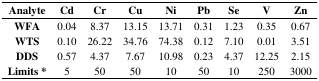
<table><thead><tr><td><b>Analyte</b></td><td><b>Cd</b></td><td><b>Cr</b></td><td><b>Cu</b></td><td><b>Ni</b></td><td><b>Pb</b></td><td><b>Se</b></td><td><b>V</b></td><td><b>Zn</b></td></tr></thead><tbody><tr><td><b>WFA</b></td><td>0.04</td><td>8.37</td><td>13.15</td><td>13.71</td><td>0.31</td><td>1.23</td><td>0.35</td><td>0.67</td></tr><tr><td><b>WTS</b></td><td>0.10</td><td>26.22</td><td>34.76</td><td>74.38</td><td>0.12</td><td>7.10</td><td>0.01</td><td>3.51</td></tr><tr><td><b>DDS</b></td><td>0.57</td><td>4.37</td><td>7.67</td><td>10.98</td><td>0.23</td><td>4.37</td><td>12.25</td><td>2.15</td></tr><tr><td><b>Limits *</b></td><td>5</td><td>50</td><td>50</td><td>10</td><td>50</td><td>10</td><td>250</td><td>3000</td></tr></tbody></table>